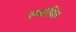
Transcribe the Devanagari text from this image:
स्थांपित